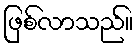
ဖြစ်လာသည်။